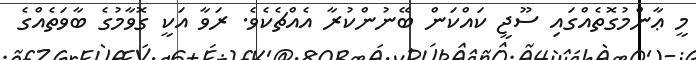
މީ ޢާންމުގޮތެއްގައި ސޫޖީ ކައްކަން ބޭނުންކުރާ އެއްޗެކެވެ. ރަވާ އަކީ ގޮވާމުގެ ބާވަތެއްގެ